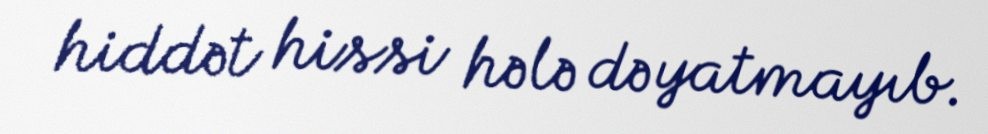
hiddət hissi hələ də yatmayıb.